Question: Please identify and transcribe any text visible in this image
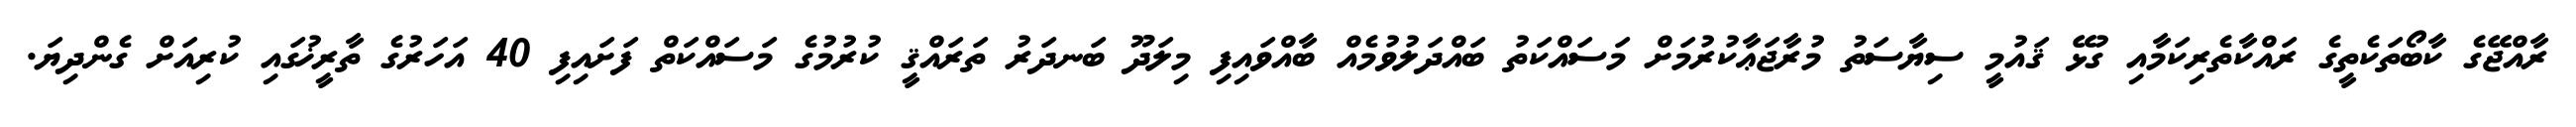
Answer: ރާއްޖޭގެ ކާބޯތަކެތީގެ ރައްކާތެރިކަމާއި ގުޅޭ ޤައުމީ ސިޔާސަތު މުރާޖަޢާކުރުމަށް މަސައްކަތު ބައްދަލުވުމެއް ބާއްވައިފި މިލަދޫ ބަނދަރު ތަރައްޤީ ކުރުމުގެ މަސައްކަތް ފަށައިފި 40 އަހަރުގެ ތާރީޚުގައި ކުރިއަށް ގެންދިޔަ.